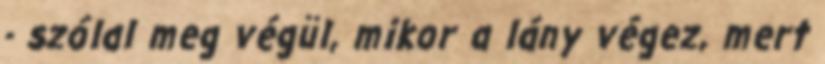
- szólal meg végül, mikor a lány végez, mert